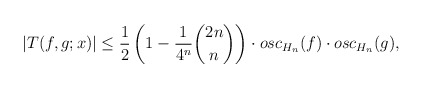
\begin{align*}\left|T(f,g;x)\right|\leq \frac{1}{2}\left(1-\frac{1}{4^n}\binom{2n}{n}\right)\cdot osc_{H_n}(f)\cdot osc_{H_n}(g),\end{align*}